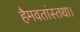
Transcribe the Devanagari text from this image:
हैमवतांस्तथा।